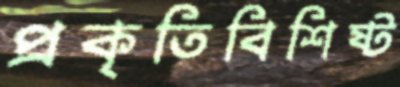
প্রকৃতিবিশিষ্ট